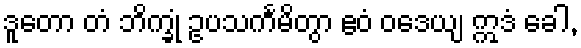
ဒူတော တံ ဘိက္ခုံ ဥပသင်္ကမိတွာ ဧဝံ ဝဒေယျ ဣဒံ ခေါ,